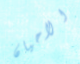
الاحيان